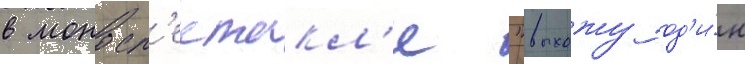
в моносп'ектакл'е "выхожу од'и́н